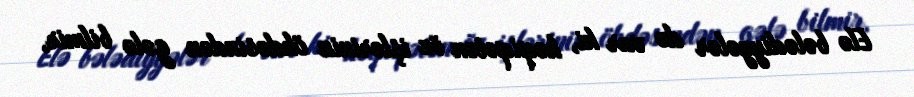
Elə bələdiyyələr də var ki, həqiqətən öz işlərinin öhdəsindən gələ bilmir,